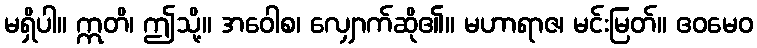
မရှိပါ။ ဣတိ၊ ဤသို့။ အဝေါစ၊ လျှောက်ဆို၏။ မဟာရာဇ၊ မင်းမြတ်။ ဧဝမေဝ